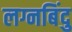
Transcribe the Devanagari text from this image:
लग्नबिंदु